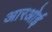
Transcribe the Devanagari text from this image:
आरओई